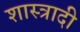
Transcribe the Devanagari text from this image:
शास्त्रादी